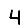
Digit: 4